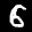
Label: 6